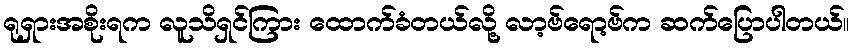
ရုရှားအစိုးရက လူသိရှင်ကြား ထောက်ခံတယ်လို့ လာ့ဗ်ရော့ဗ်က ဆက်ပြောပါတယ်။